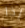
إذا